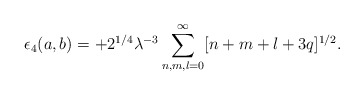
\begin{align*}\epsilon_4(a,b)=+2^{1/4}\lambda^{-3} \sum_{n,m,l=0}^{\infty}[n+m+l+3q]^{1/2}.\end{align*}